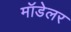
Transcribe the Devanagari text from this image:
मॉडेलर